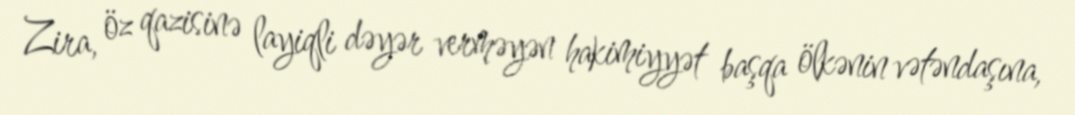
Zira, öz qazisinə layiqli dəyər verməyən hakimiyyət başqa ölkənin vətəndaşına,